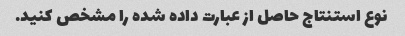
نوع استنتاج حاصل از عبارت داده شده را مشخص کنید.